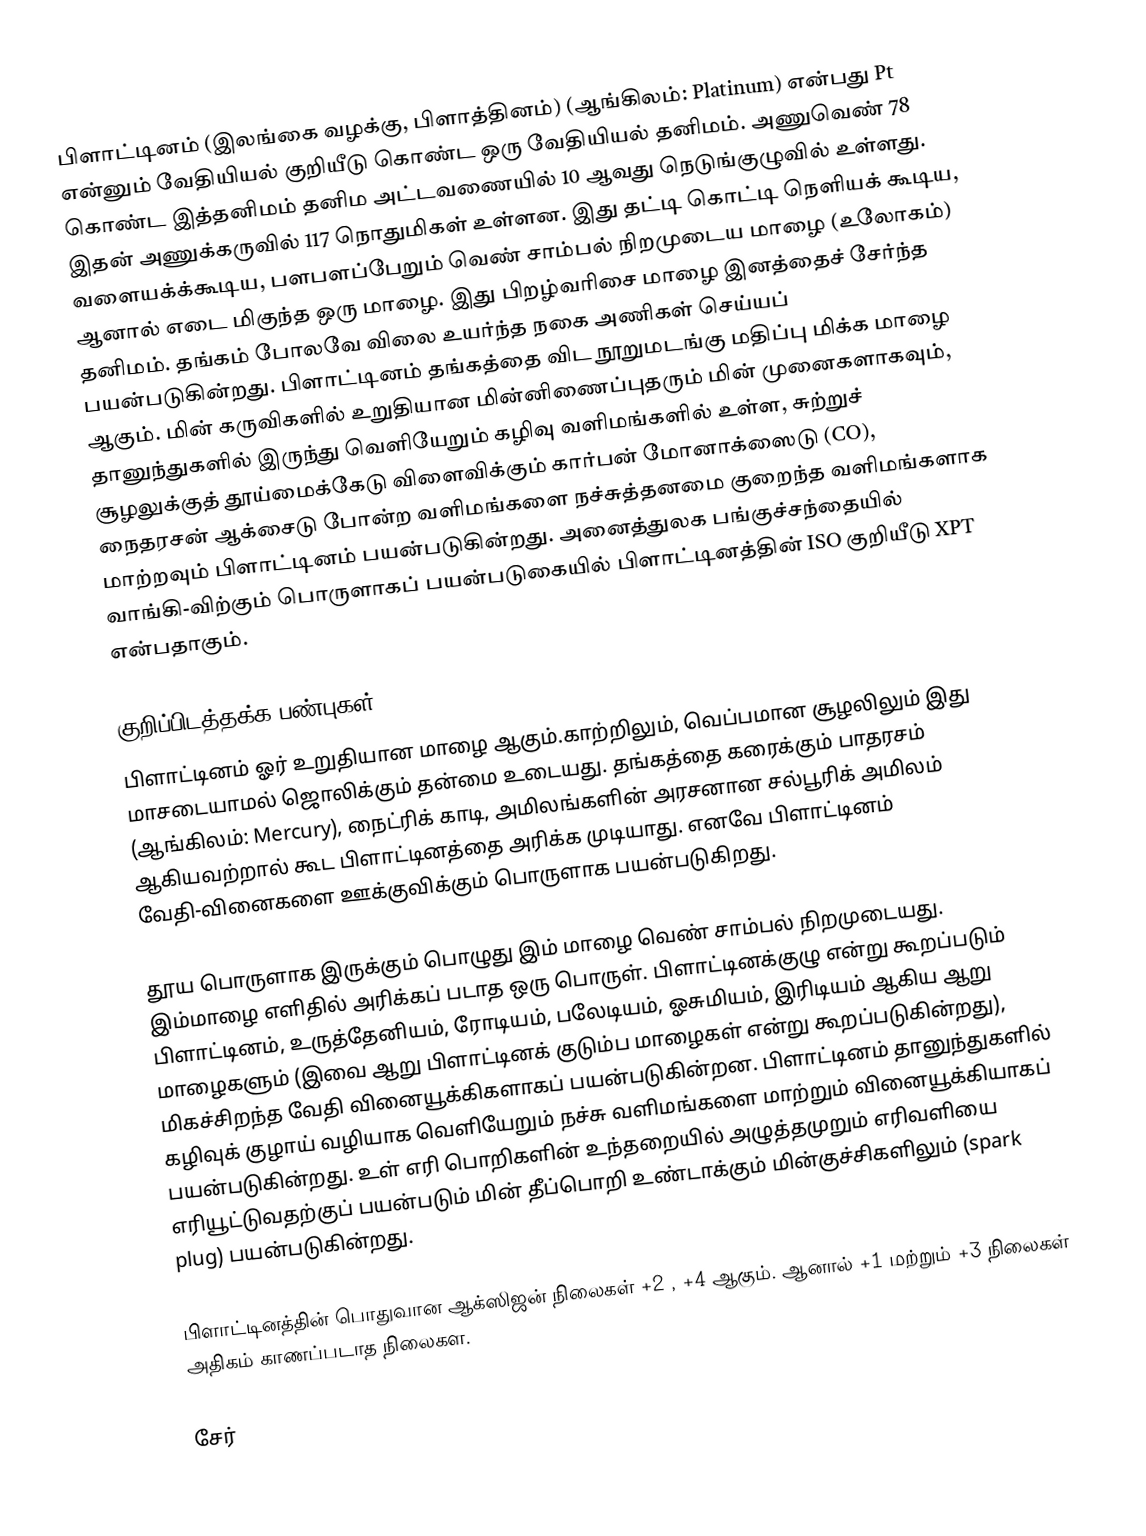
பிளாட்டினம் (இலங்கை வழக்கு, பிளாத்தினம்) (ஆங்கிலம்: Platinum)  என்பது Pt என்னும் வேதியியல் குறியீடு கொண்ட ஒரு வேதியியல் தனிமம். அணுவெண் 78 கொண்ட இத்தனிமம் தனிம அட்டவணையில் 10 ஆவது நெடுங்குழுவில் உள்ளது. இதன் அணுக்கருவில் 117 நொதுமிகள் உள்ளன. இது தட்டி கொட்டி நெளியக் கூடிய, வளையக்க்கூடிய, பளபளப்பேறும் வெண் சாம்பல் நிறமுடைய மாழை (உலோகம்) ஆனால் எடை மிகுந்த ஒரு மாழை. இது பிறழ்வரிசை மாழை இனத்தைச் சேர்ந்த தனிமம். தங்கம் போலவே விலை உயர்ந்த நகை அணிகள் செய்யப் பயன்படுகின்றது. பிளாட்டினம் தங்கத்தை விட நூறுமடங்கு மதிப்பு மிக்க மாழை ஆகும். மின் கருவிகளில் உறுதியான மின்னிணைப்புதரும் மின் முனைகளாகவும், தானுந்துகளில் இருந்து வெளியேறும் கழிவு வளிமங்களில் உள்ள, சுற்றுச் சூழலுக்குத் தூய்மைக்கேடு விளைவிக்கும் கார்பன் மோனாக்ஸைடு (CO), நைதரசன் ஆக்சைடு போன்ற வளிமங்களை நச்சுத்தனமை குறைந்த வளிமங்களாக மாற்றவும் பிளாட்டினம் பயன்படுகின்றது. அனைத்துலக பங்குச்சந்தையில் வாங்கி-விற்கும் பொருளாகப் பயன்படுகையில் பிளாட்டினத்தின் ISO குறியீடு XPT என்பதாகும்.

குறிப்பிடத்தக்க பண்புகள்
பிளாட்டினம் ஓர் உறுதியான மாழை ஆகும்.காற்றிலும், வெப்பமான சூழலிலும் இது மாசடையாமல் ஜொலிக்கும் தன்மை உடையது. தங்கத்தை கரைக்கும் பாதரசம் (ஆங்கிலம்: Mercury), நைட்ரிக் காடி, அமிலங்களின் அரசனான சல்பூரிக் அமிலம் ஆகியவற்றால் கூட பிளாட்டினத்தை அரிக்க முடியாது. எனவே பிளாட்டினம் வேதி-வினைகளை ஊக்குவிக்கும் பொருளாக பயன்படுகிறது.

தூய பொருளாக இருக்கும் பொழுது இம் மாழை வெண் சாம்பல் நிறமுடையது. இம்மாழை எளிதில் அரிக்கப் படாத ஒரு பொருள். பிளாட்டினக்குழு என்று கூறப்படும் பிளாட்டினம், உருத்தேனியம், ரோடியம், பலேடியம், ஓசுமியம், இரிடியம் ஆகிய ஆறு மாழைகளும் (இவை ஆறு பிளாட்டினக் குடும்ப மாழைகள் என்று கூறப்படுகின்றது), மிகச்சிறந்த வேதி வினையூக்கிகளாகப் பயன்படுகின்றன. பிளாட்டினம் தானுந்துகளில் கழிவுக் குழாய் வழியாக வெளியேறும் நச்சு வளிமங்களை மாற்றும் வினையூக்கியாகப் பயன்படுகின்றது. உள் எரி பொறிகளின் உந்தறையில் அழுத்தமுறும் எரிவளியை எரியூட்டுவதற்குப் பயன்படும் மின் தீப்பொறி உண்டாக்கும் மின்குச்சிகளிலும் (spark plug) பயன்படுகின்றது.

பிளாட்டினத்தின் பொதுவான ஆக்ஸிஜன் நிலைகள் +2 , +4 ஆகும். ஆனால் +1 மற்றும் +3 நிலைகள் அதிகம் காணப்படாத நிலைகள.

சேர்